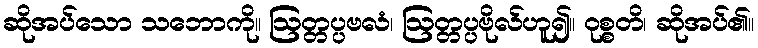
ဆိုအပ်သော သဘောကို။ ဩတ္တပ္ပဗလံ၊ ဩတ္တပ္ပဗိုလ်ဟူ၍။ ဝုစ္စတိ၊ ဆိုအပ်၏။